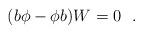
LaTeX: \begin{align*} (b\phi- \phi b)W=0\ \ .\end{align*}